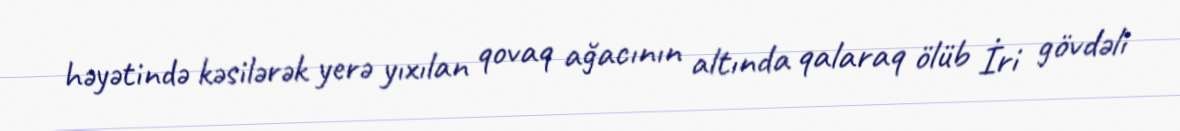
həyətində kəsilərək yerə yıxılan qovaq ağacının altında qalaraq ölüb İri gövdəli